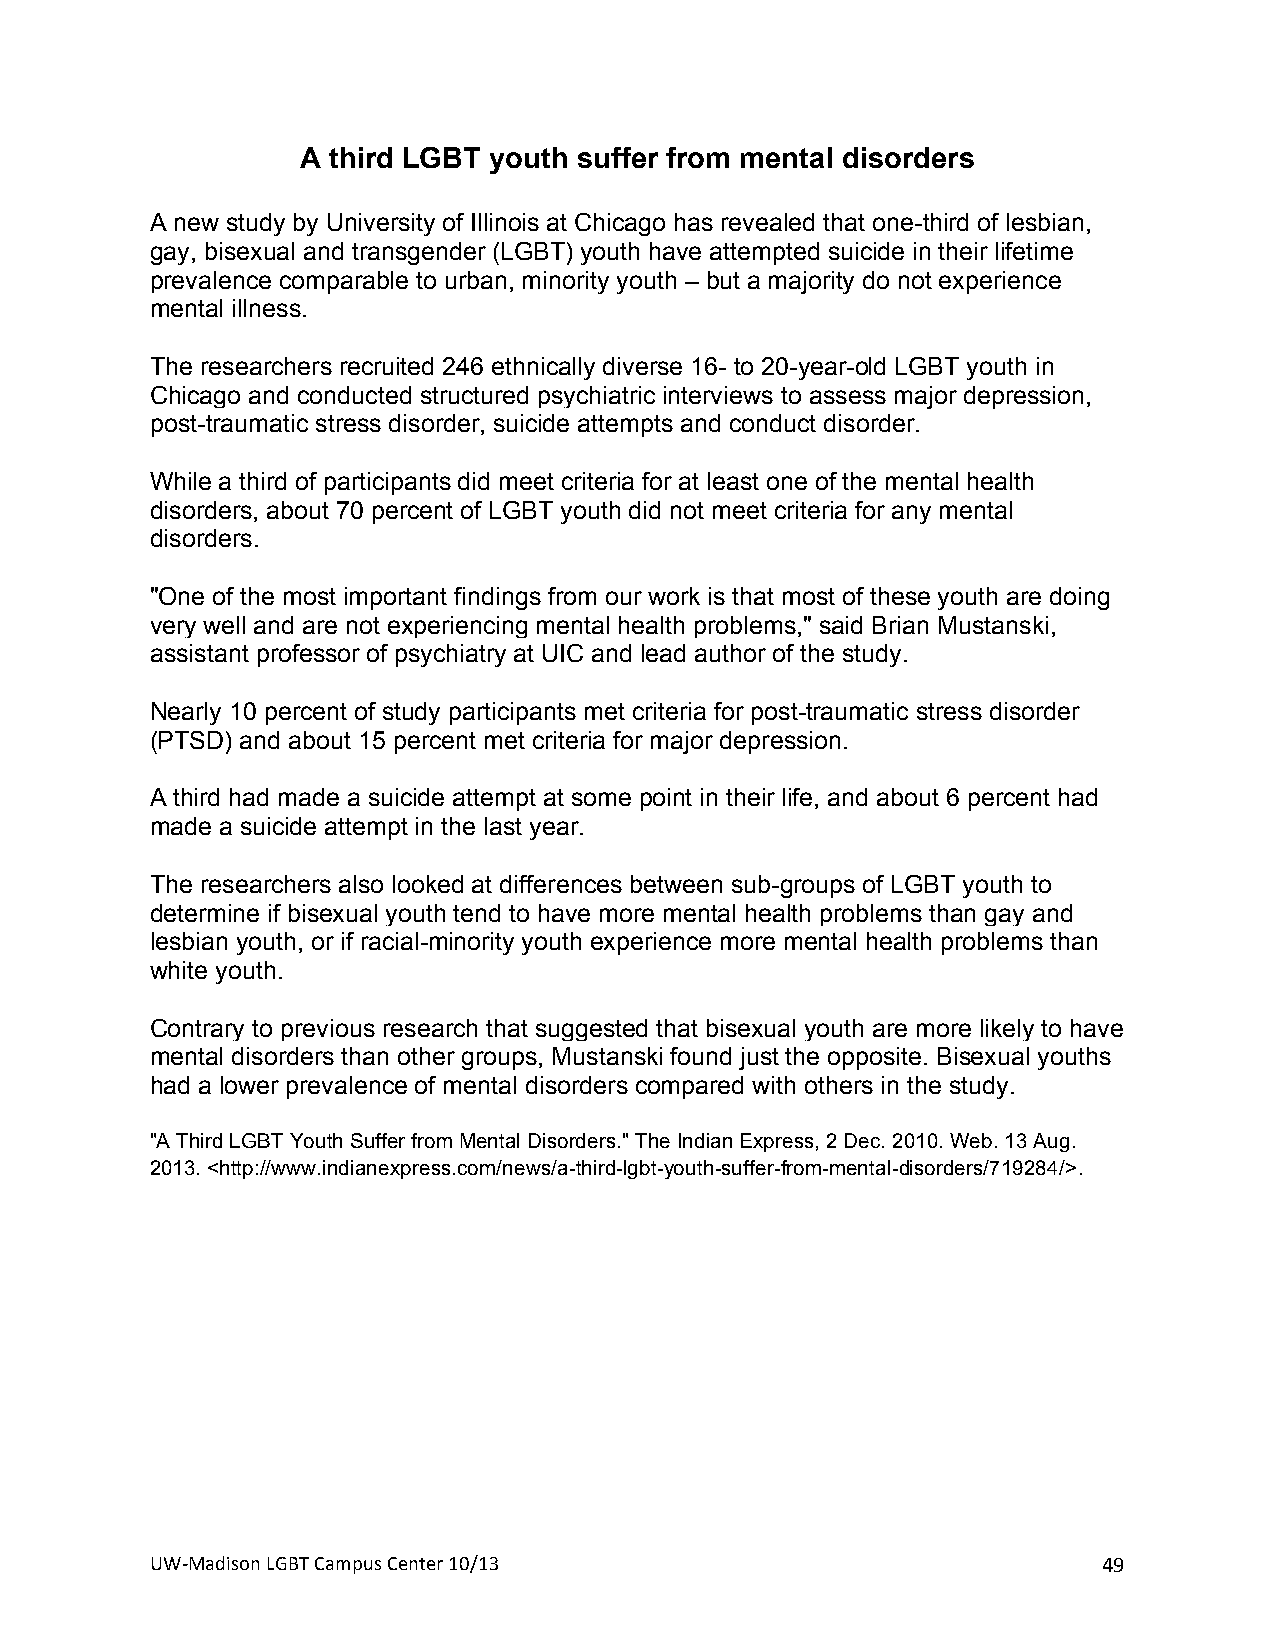
A third LGBT youth suffer from mental disorders
 A new study by University of Illinois at Chicago has revealed that one-third of lesbian,
 gay, bisexual and transgender (LGBT) youth have attempted suicide in their lifetime
 prevalence comparable to urban, minority youth – but a majority do not experience
 mental illness.
 The researchers recruited 246 ethnically diverse 16- to 20-year-old LGBT youth in
 Chicago and conducted structured psychiatric interviews to assess major depression,
 post-traumatic stress disorder, suicide attempts and conduct disorder.
 While a third of participants did meet criteria for at least one of the mental health
 disorders, about 70 percent of LGBT youth did not meet criteria for any mental
 disorders.
 "One of the most important findings from our work is that most of these youth are doing
 very well and are not experiencing mental health problems," said Brian Mustanski,
 assistant professor of psychiatry at UIC and lead author of the study.
 Nearly 10 percent of study participants met criteria for post-traumatic stress disorder
 (PTSD) and about 15 percent met criteria for major depression.
 A third had made a suicide attempt at some point in their life, and about 6 percent had
 made a suicide attempt in the last year.
 The researchers also looked at differences between sub-groups of LGBT youth to
 determine if bisexual youth tend to have more mental health problems than gay and
 lesbian youth, or if racial-minority youth experience more mental health problems than
 white youth.
 Contrary to previous research that suggested that bisexual youth are more likely to have
 mental disorders than other groups, Mustanski found just the opposite. Bisexual youths
 had a lower prevalence of mental disorders compared with others in the study.
 "A Third LGBT Youth Suffer from Mental Disorders." The Indian Express, 2 Dec. 2010. Web. 13 Aug.
 2013. <http://www.indianexpress.com/news/a-third-lgbt-youth-suffer-from-mental-disorders/719284/>.
 UW#Madison+LGBT+Campus+Center+10/13+                           49+